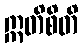
ဣတိစိတိ